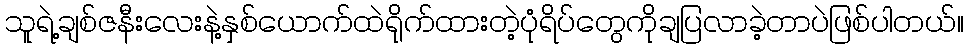
သူရဲ့ချစ်ဇနီးလေးနဲ့နှစ်ယောက်ထဲရိုက်ထားတဲ့ပုံရိပ်တွေကိုချပြလာခဲ့တာပဲဖြစ်ပါတယ်။